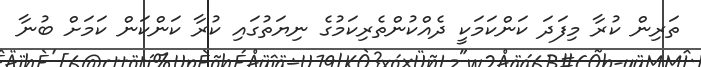
ތަރިން ކުރާ މިފަދަ ކަންކަމަކީ ދެއްކުންތެރިކަމުގެ ނިޔަތުގައި ކުރާ ކަންކަން ކަމަށް ބުނާ